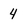
Character: 4